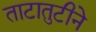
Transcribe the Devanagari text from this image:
ताटातुटीने